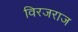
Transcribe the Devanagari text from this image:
विरजराज